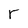
Character: r